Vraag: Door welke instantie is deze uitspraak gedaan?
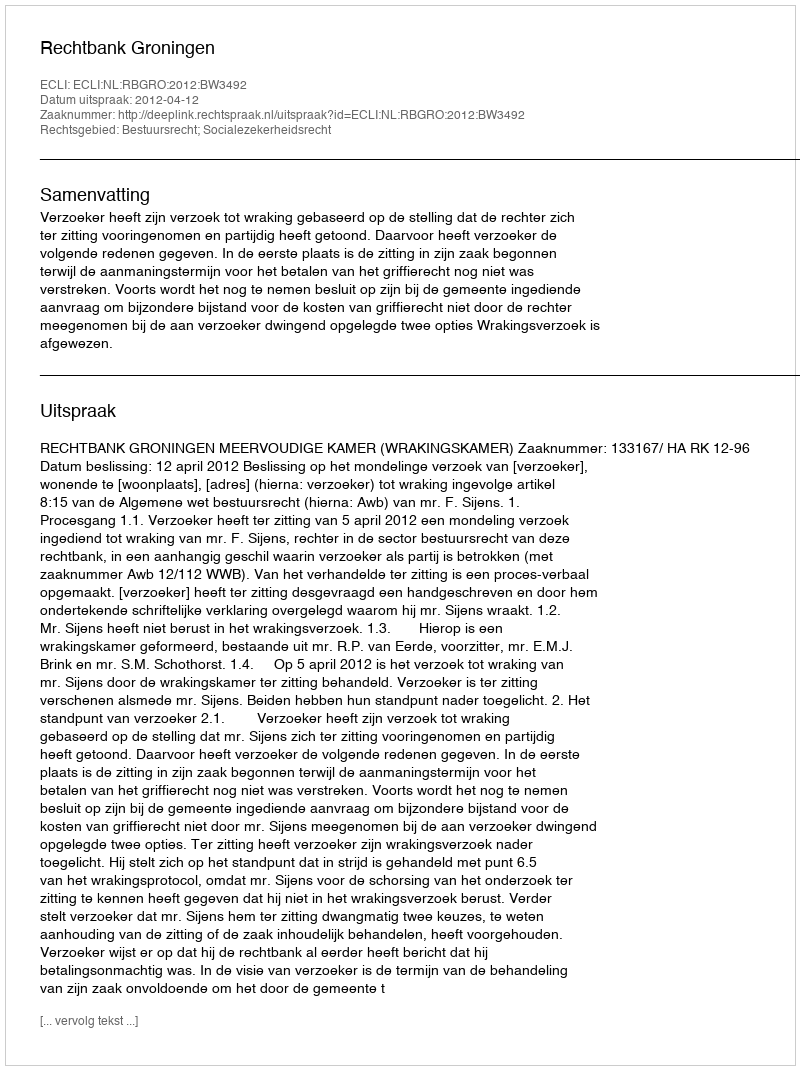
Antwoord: Rechtbank Groningen